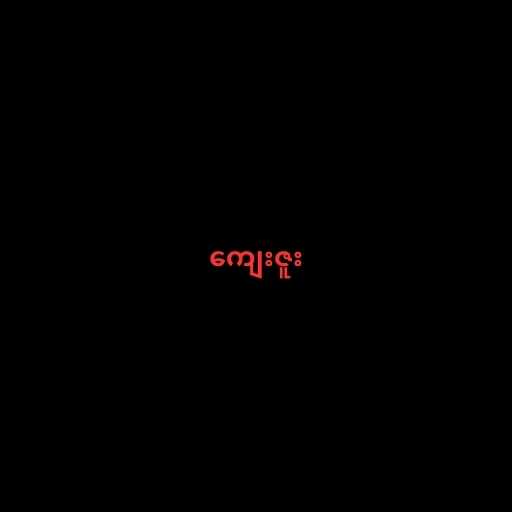
ကျေးဇူး